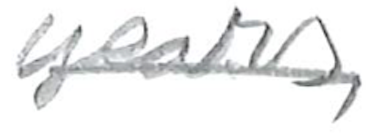
Text: years,
Cross-out: single-line
Writing tool: pencil